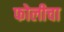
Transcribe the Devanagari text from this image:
फोलीचा